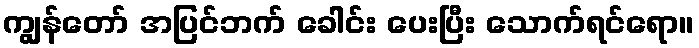
ကျွန်တော် အပြင်ဘက် ခေါင်း ပေးပြီး သောက်ရင်ရော။